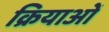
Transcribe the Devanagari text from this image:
क्रियाओँ